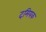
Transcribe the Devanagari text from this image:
दमियक